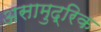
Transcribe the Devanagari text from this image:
असामुद्रिक